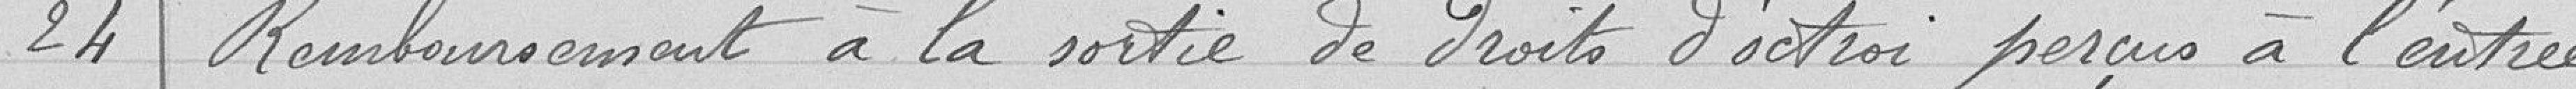
24 remboursement à la sortie des droits d'octroi perçus à l'entrée